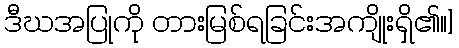
ဒီဃအပြုကို တားမြစ်ရခြင်းအကျိုးရှိ၏။]